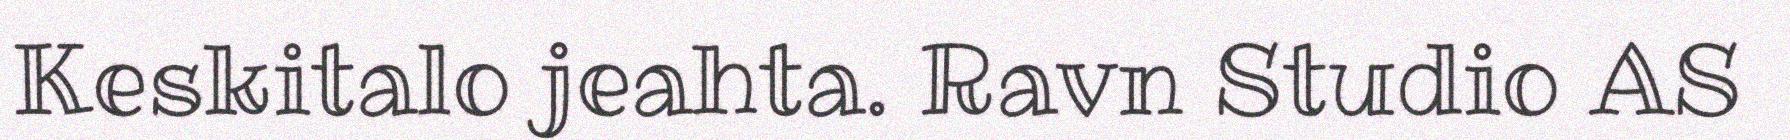
Keskitalo jeahta. Ravn Studio AS